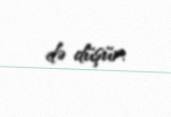
də düşür.